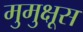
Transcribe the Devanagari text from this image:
मुमुक्षूस